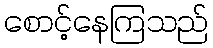
စောင့်နေကြသည်